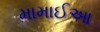
મામાઈઆ